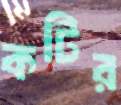
কটির